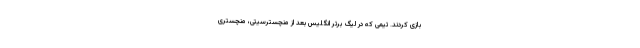
بازی کردند. تیمی که در لیگ برتر انگلیس بعد از منچسترسیتی، منچستری